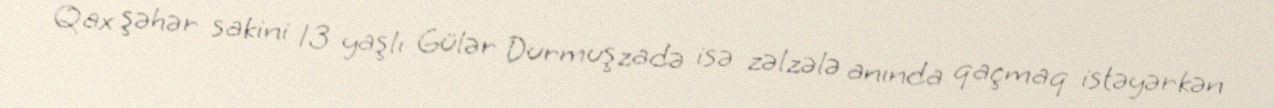
Qax şəhər sakini 13 yaşlı Gülər Durmuşzadə isə zəlzələ anında qaçmaq istəyərkən